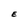
Character: E